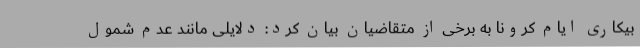
بیکاری ایام کرونا به برخی از متقاضیان بیان کرد: دلایلی مانند عدم شمول